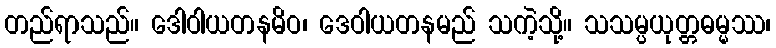
တည်ရာသည်။ ဒေါဝါယတနမိဝ၊ ဒေဝါယတနမည် သကဲ့သို့။ သသမ္ပယုတ္တဓမ္မဿ၊